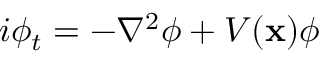
i \phi _ { t } = - \nabla ^ { 2 } \phi + V ( \mathbf { x } ) \phi